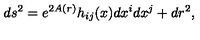
d s ^ { 2 } = e ^ { 2 A ( r ) } h _ { i j } ( x ) d x ^ { i } d x ^ { j } + d r ^ { 2 } ,